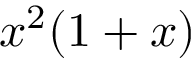
x ^ { 2 } ( 1 + x )